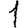
Digit: 1